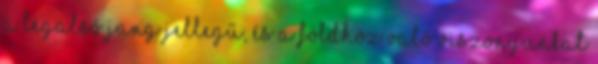
a legalsó jang jellegű, és a földhöz való viszonyunkat